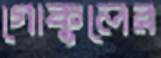
গোকুলের